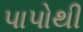
પાપોથી